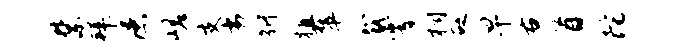
禁拜漶嵯支劣衍植翠裁霄桐砭早右首陀